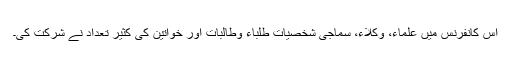
اس کانفرنس میں علماء، وکلاء، سماجی شخصیات طلباء وطالبات اور خواتین کی کثیر تعداد نے شرکت کی۔